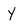
Character: Y